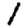
Digit: 1